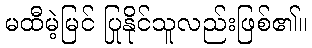
မထီမဲ့မြင် ပြုနိုင်သူလည်းဖြစ်၏။